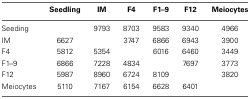
<table><thead><tr><td></td><td><b>Seedling</b></td><td><b>IM</b></td><td><b>F4</b></td><td><b>F1–9</b></td><td><b>F12</b></td><td><b>Meiocytes</b></td></tr></thead><tbody><tr><td>Seeding</td><td></td><td>9793</td><td>8703</td><td>9583</td><td>9340</td><td>4966</td></tr><tr><td>IM</td><td>6627</td><td></td><td>3747</td><td>6866</td><td>6943</td><td>3900</td></tr><tr><td>F4</td><td>5812</td><td>5354</td><td></td><td>6016</td><td>6460</td><td>3449</td></tr><tr><td>F1–9</td><td>6866</td><td>7228</td><td>4834</td><td></td><td>7697</td><td>3773</td></tr><tr><td>F12</td><td>5987</td><td>8960</td><td>6724</td><td>8109</td><td></td><td>3820</td></tr><tr><td>Meiocytes</td><td>5110</td><td>7167</td><td>6154</td><td>6628</td><td>6401</td><td></td></tr></tbody></table>